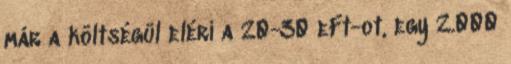
már a költségül eléri a 20-30 eFt-ot, egy 2.000